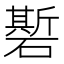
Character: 𰧣